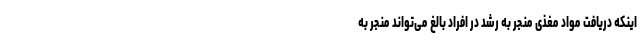
اینکه دریافت مواد مغذی منجر به رشد در افراد بالغ می‌تواند منجر به